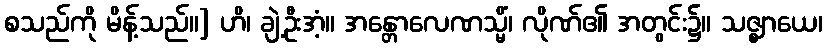
စသည်ကို မိန့်သည်။] ဟိ၊ ချဲ့ဦးအံ့။ အန္တောလေဏသ္မိံ၊ လိုဏ်၏ အတွင်း၌။ သဇ္ဈာယေ၊